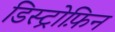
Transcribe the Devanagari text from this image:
डिस्ट्रोफ़िन